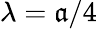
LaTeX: \lambda=\mathfrak{a}/4